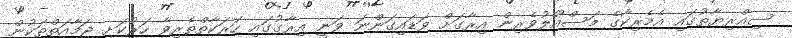
ސިއްރިޔާތުގައި އެމެރިކާގެ މަސްއޫލުވެރިން އިރާގަށް ވަޑައިގަންނަ ވަނީ އިރާގުގައި ހަރަކާތްތެރިވާ ހަރުކަށި ޖަމާއަތްތަކުން